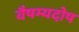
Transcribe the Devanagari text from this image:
वैषम्यदोष